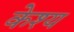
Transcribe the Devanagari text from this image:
केश्य